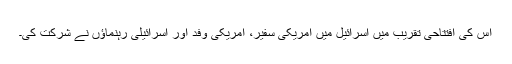
اس کی افتتاحی تقریب میں اسرائیل میں امریکی سفیر، امریکی وفد اور اسرائیلی رہنماؤں نے شرکت کی۔